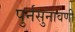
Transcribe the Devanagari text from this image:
पुर्नसुनावणी